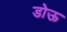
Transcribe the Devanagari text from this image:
डोऊ